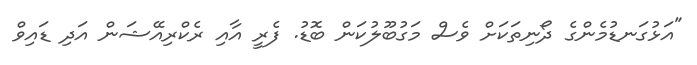
"އަޅުގަނޑުމެންގެ ދޯނިތަކަށް ވެސް މަގުބޫލުކަން ބޮޑު. ފެރީ އާއި ރެކްރިއޭޝަން އަދި ޑައިވް